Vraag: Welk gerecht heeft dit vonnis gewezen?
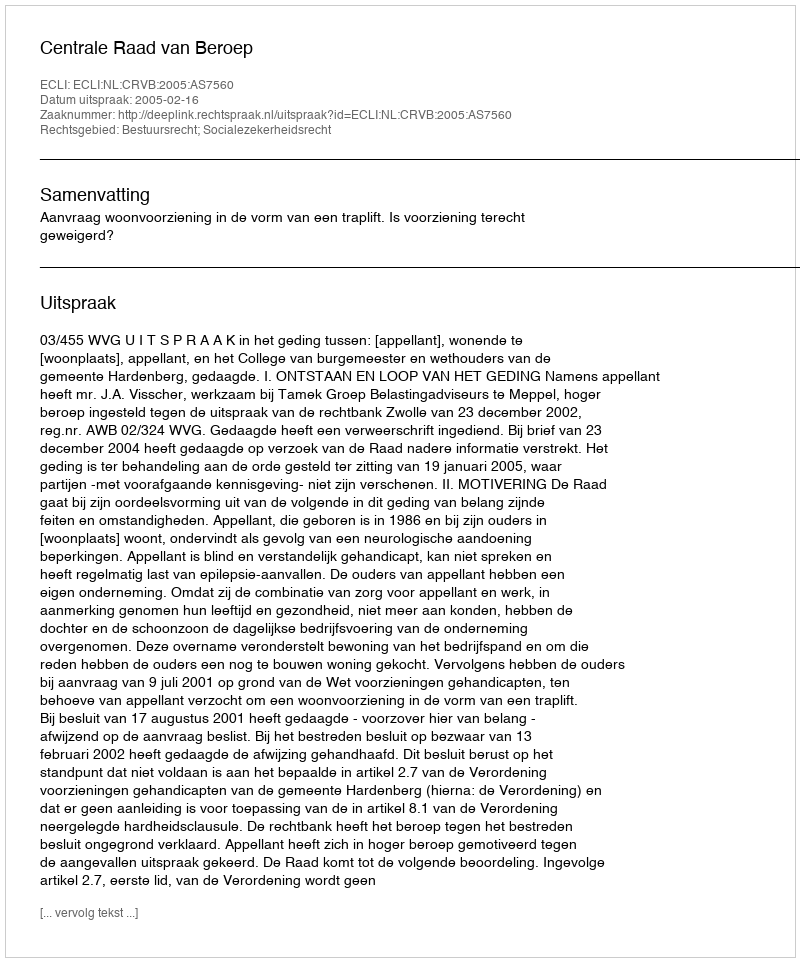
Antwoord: Centrale Raad van Beroep